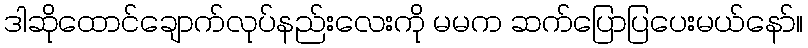
ဒါဆိုထောင်ချောက်လုပ်နည်းလေးကို မမက ဆက်ပြောပြပေးမယ်နော်။